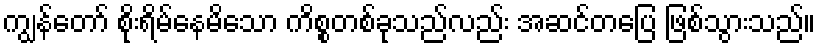
ကျွန်တော် စိုးရိမ်နေမိသော ကိစ္စတစ်ခုသည်လည်း အဆင်တပြေ ဖြစ်သွားသည်။